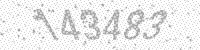
Solution: 143483